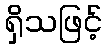
ရှိသဖြင့်